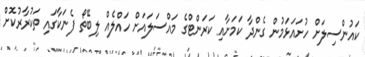
ކައުންސިލަށް ހުށައަޅަމުން ގެންދާ ކަމަށާއި ކަރަންޓްގެ މައްސަލައަށް ހައްލެއް ލިބޭތޯ ފެނަކާގައި ތަކުރާރުކޮށް